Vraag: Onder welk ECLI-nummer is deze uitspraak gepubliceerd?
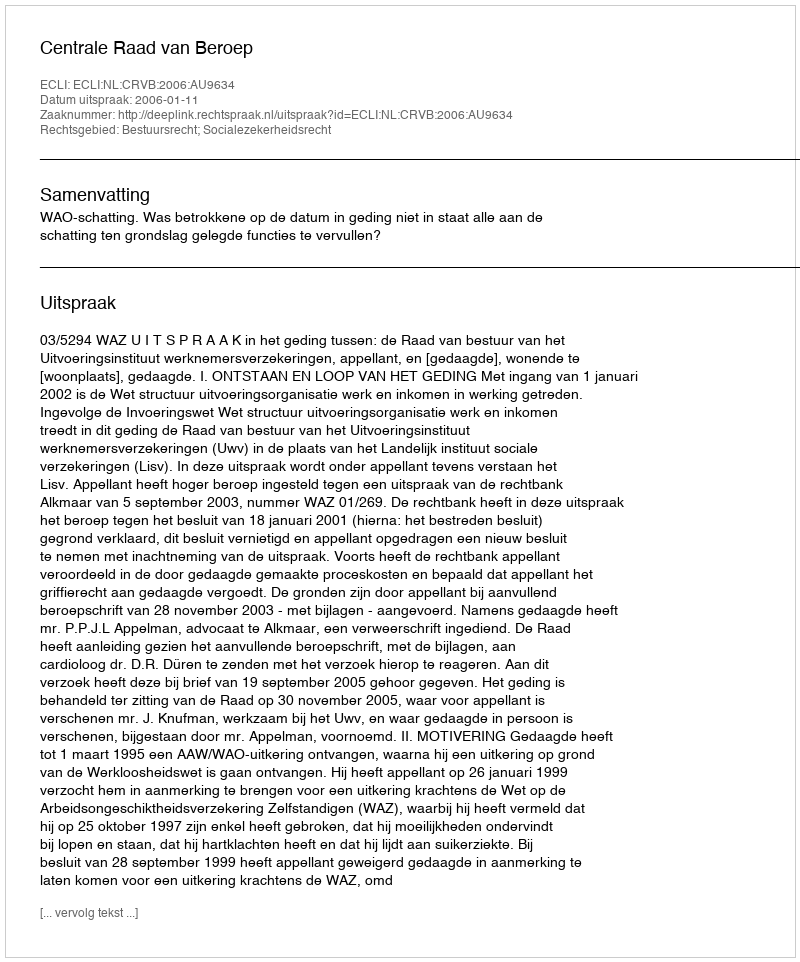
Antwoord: ECLI:NL:CRVB:2006:AU9634